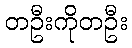
တဦးကိုတဦး